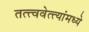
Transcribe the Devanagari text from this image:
तत्त्ववेत्त्यांमध्ये